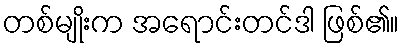
တစ်မျိုးက အရောင်းတင်ဒါ ဖြစ်၏။